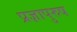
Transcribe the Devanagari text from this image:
प्रज्ञापुरुष